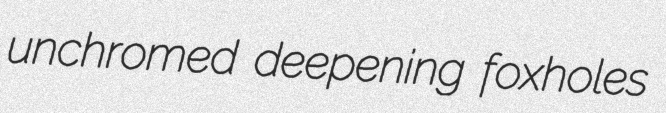
unchromed deepening foxholes